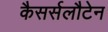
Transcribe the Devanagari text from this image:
कैसर्सलौटेन